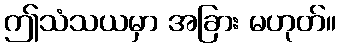
ဤသံသယမှာ အခြား မဟုတ်။